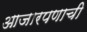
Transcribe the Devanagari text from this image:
आजारपणाची